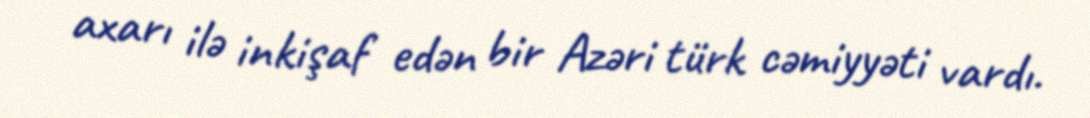
axarı ilə inkişaf edən bir Azəri türk cəmiyyəti vardı.